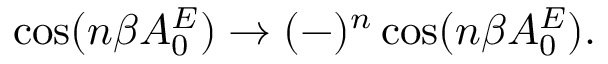
\cos ( n \beta A _ { 0 } ^ { E } ) \to ( - ) ^ { n } \cos ( n \beta A _ { 0 } ^ { E } ) .